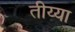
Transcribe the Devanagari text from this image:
तीय्या